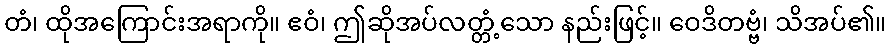
တံ၊ ထိုအကြောင်းအရာကို။ ဧဝံ၊ ဤဆိုအပ်လတ္တံ့သော နည်းဖြင့်။ ဝေဒိတဗ္ဗံ၊ သိအပ်၏။